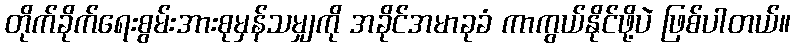
တိုက်ခိုက်ရေးစွမ်းအားစုမှန်သမျှကို အခိုင်အမာခုခံ ကာကွယ်နိုင်ဖို့ပဲ ဖြစ်ပါတယ်။